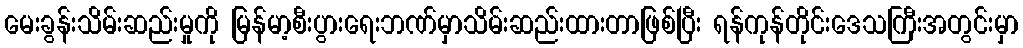
မေးခွန်းသိမ်းဆည်းမှုကို မြန်မာ့စီးပွားရေးဘဏ်မှာသိမ်းဆည်းထားတာဖြစ်ပြီး ရန်ကုန်တိုင်းဒေသကြီးအတွင်းမှာ